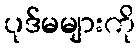
ပုဒ်မများကို